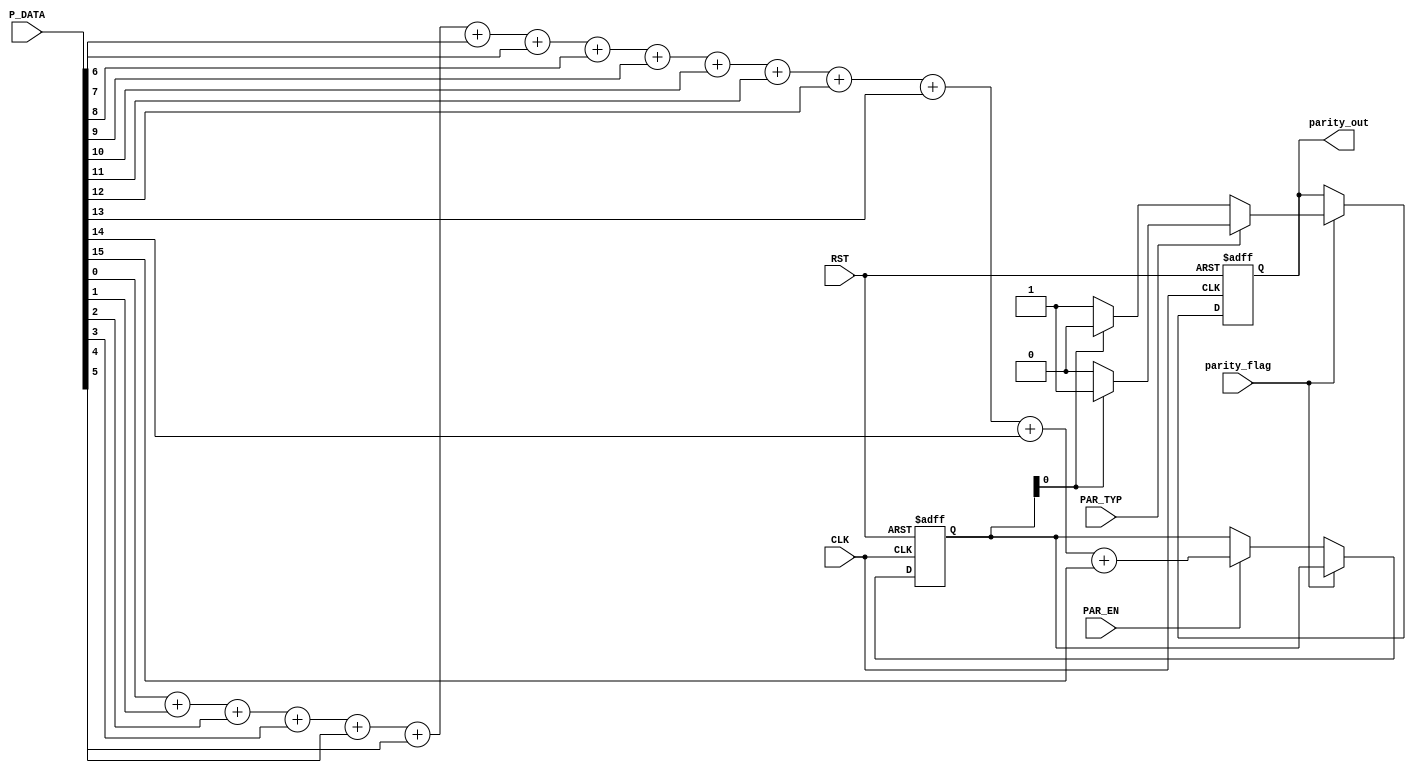
module parity_calc(
 input wire            [15:0]                 P_DATA,
 input wire                                    parity_flag,CLK,RST,PAR_EN,PAR_TYP,
 output reg                                   parity_out
);

reg                       [4:0]                 parity ;
integer i ;

always @(posedge CLK or negedge RST)
 begin
     if(!RST)
	  begin
	     parity_out<=1'b0 ;
		 parity<=5'b0 ;
	  end
	  
	 else if(parity_flag)
	  begin		
	     if(PAR_TYP)
		  begin
		     if(parity[0]==1'b1)
			  parity_out<=1'b1 ;
			 else
			  parity_out<=1'b0 ;
		  end
		  
		 else
		  begin
		     if(parity[0]==1'b0)
			  parity_out<=1'b1 ;
			 else
			  parity_out<=1'b0 ;
		  end
		 
	  end
	  
	 else if(PAR_EN)
	  parity<=P_DATA[0]+P_DATA[1]+P_DATA[2]+P_DATA[3]+P_DATA[4]+P_DATA[5]+P_DATA[6]+P_DATA[7]+P_DATA[8]+P_DATA[9]+P_DATA[10]+P_DATA[11]+P_DATA[12]+P_DATA[13]+P_DATA[14]+P_DATA[15] ;
	 
 end

endmodule